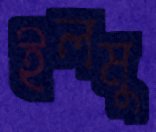
ইলমু